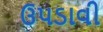
ઉપડાવી